Annual administration and progress report of the Indian Medical Department, Bombay
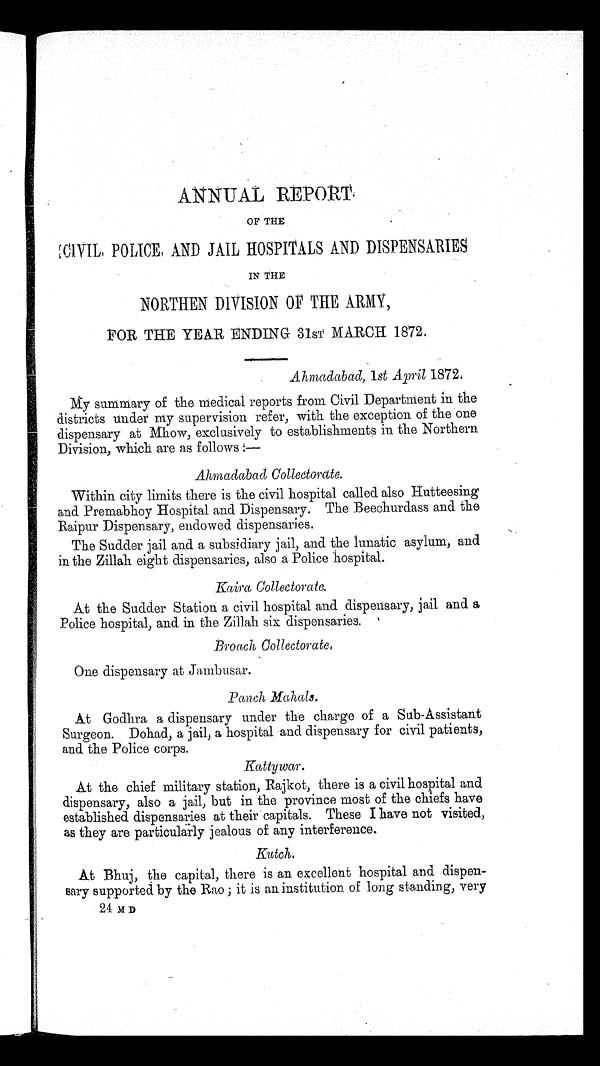
ANNUAL REPORT.
OF THE
CIVIL, POLICE, AND JAIL HOSPITALS AND DISPENSARIES
IN THE
NORTHEN DIVISION OF THE ARMY,
FOR THE YEAR ENDING 31ST MARCH 1872.
Ahmadabad, 1st April 1872.
My summary of the medical reports from Civil Department in the
districts under my supervision refer, with the exception of the one
dispensary at Mhow, exclusively to establishments in the Northern
Division, which are as follows
:—
Ahmadabad Collectorate.
Within city limits there is the civil hospital called also Hutteesing
and Premabhoy Hospital and Dispensary. The Beechurdass and the
Raipur Dispensary, endowed dispensaries.
The Sudder jail and a subsidiary jail, and the lunatic asylum, and
in the Zillah eight dispensaries, also a Police hospital.
Kaira Collectorate.
At the Sudder Station a civil hospital and dispensary, jail and a
Police hospital, and in the Zillah six dispensaries.
B r o a c h C o l l e c t o r a t e .
One dispensary at Jambusar.
Panch Mahals.
At Godhra a dispensary under the charge of a Sub-Assistant
Surgeon. Dohad, a jail, a hospital and dispensary for civil patients,
and the Police corps.
Kattywar.
At the chief military station, Rajkot, there is a civil hospital and
dispensary, also a jail, but in the province most of the chiefs have
established dispensaries at their capitals. These I have not visited,
as they are particularly jealous of any interference.
Kutch.
At Bhuj, the capital, there is an excellent hospital and dispen
-sary supported by the Rao ; it is an institution of long standing, very
24 M D